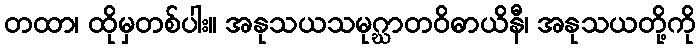
တထာ၊ ထိုမှတစ်ပါး။ အနုသယသမုဂ္ဃာတဝိဓာယိနီ၊ အနုသယတို့ကို